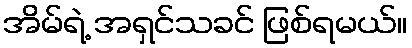
အိမ်ရဲ့ အရှင်သခင် ဖြစ်ရမယ်။